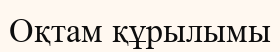
Оқтам құрылымы